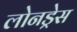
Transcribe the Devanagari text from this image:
लोनड्रेस